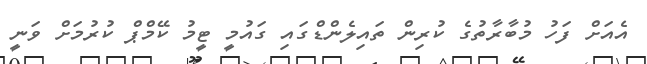
އެއަށް ފަހު މުބާރާތުގެ ކުރިން ތައިލެންޑްގައި ގައުމީ ޓީމު ކޭމްޕް ކުރުމަށް ވަނީ